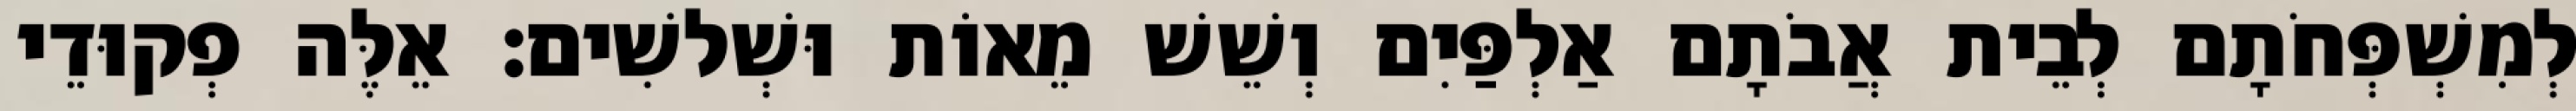
לְמִשְׁפְּחֹתָם לְבֵית אֲבֹתָם אַלְפַּיִם וְשֵׁשׁ מֵאוֹת וּשְׁלשִׁים׃ אֵלֶּה פְקוּדֵי